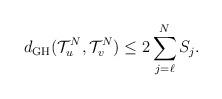
LaTeX: \begin{align*} d_{\mathrm{GH}}(\mathcal T_{u}^N,\mathcal T_{v}^N) \le 2 \sum_{j=\ell}^N S_j. \end{align*}